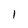
Character: I